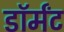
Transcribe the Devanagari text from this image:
डॉर्मंट